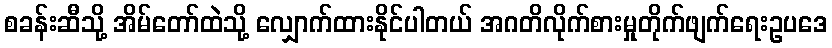
စခန်းဆီသို့ အိမ်တော်ထဲသို့ လျှောက်ထားနိုင်ပါတယ် အဂတိလိုက်စားမှုတိုက်ဖျက်ရေးဥပဒေ